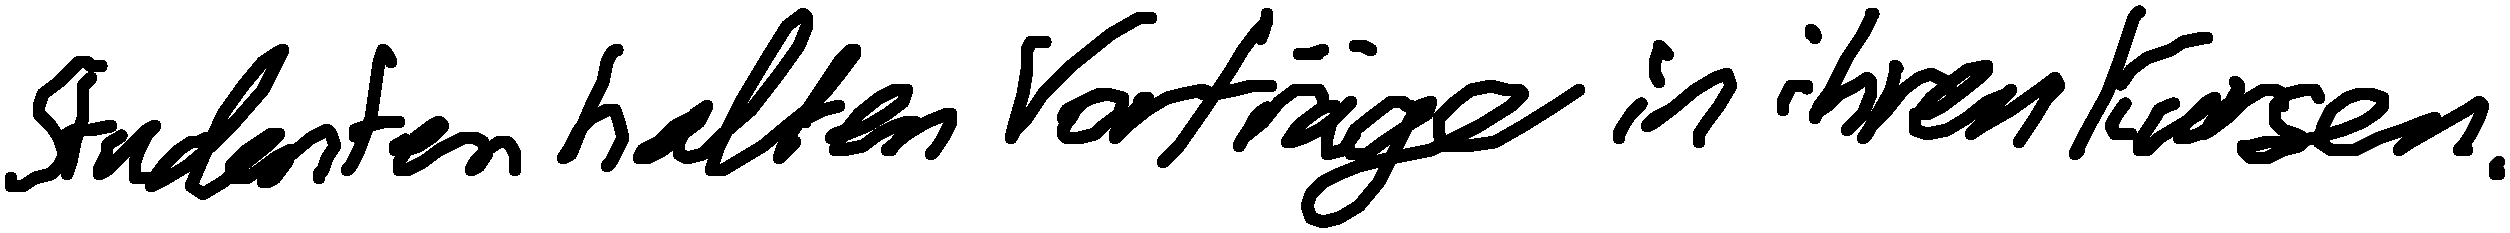
Studenten halten Vorträge in ihren Kursen.